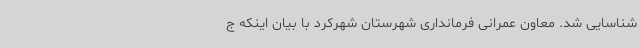
شناسایی شد. معاون عمرانی فرمانداری شهرستان شهرکرد با بیان اینکه ج